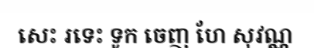
សេះ រទេះ ទូក ចេញ ហែ សុវណ្ណ